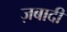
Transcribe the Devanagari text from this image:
ज़बादी